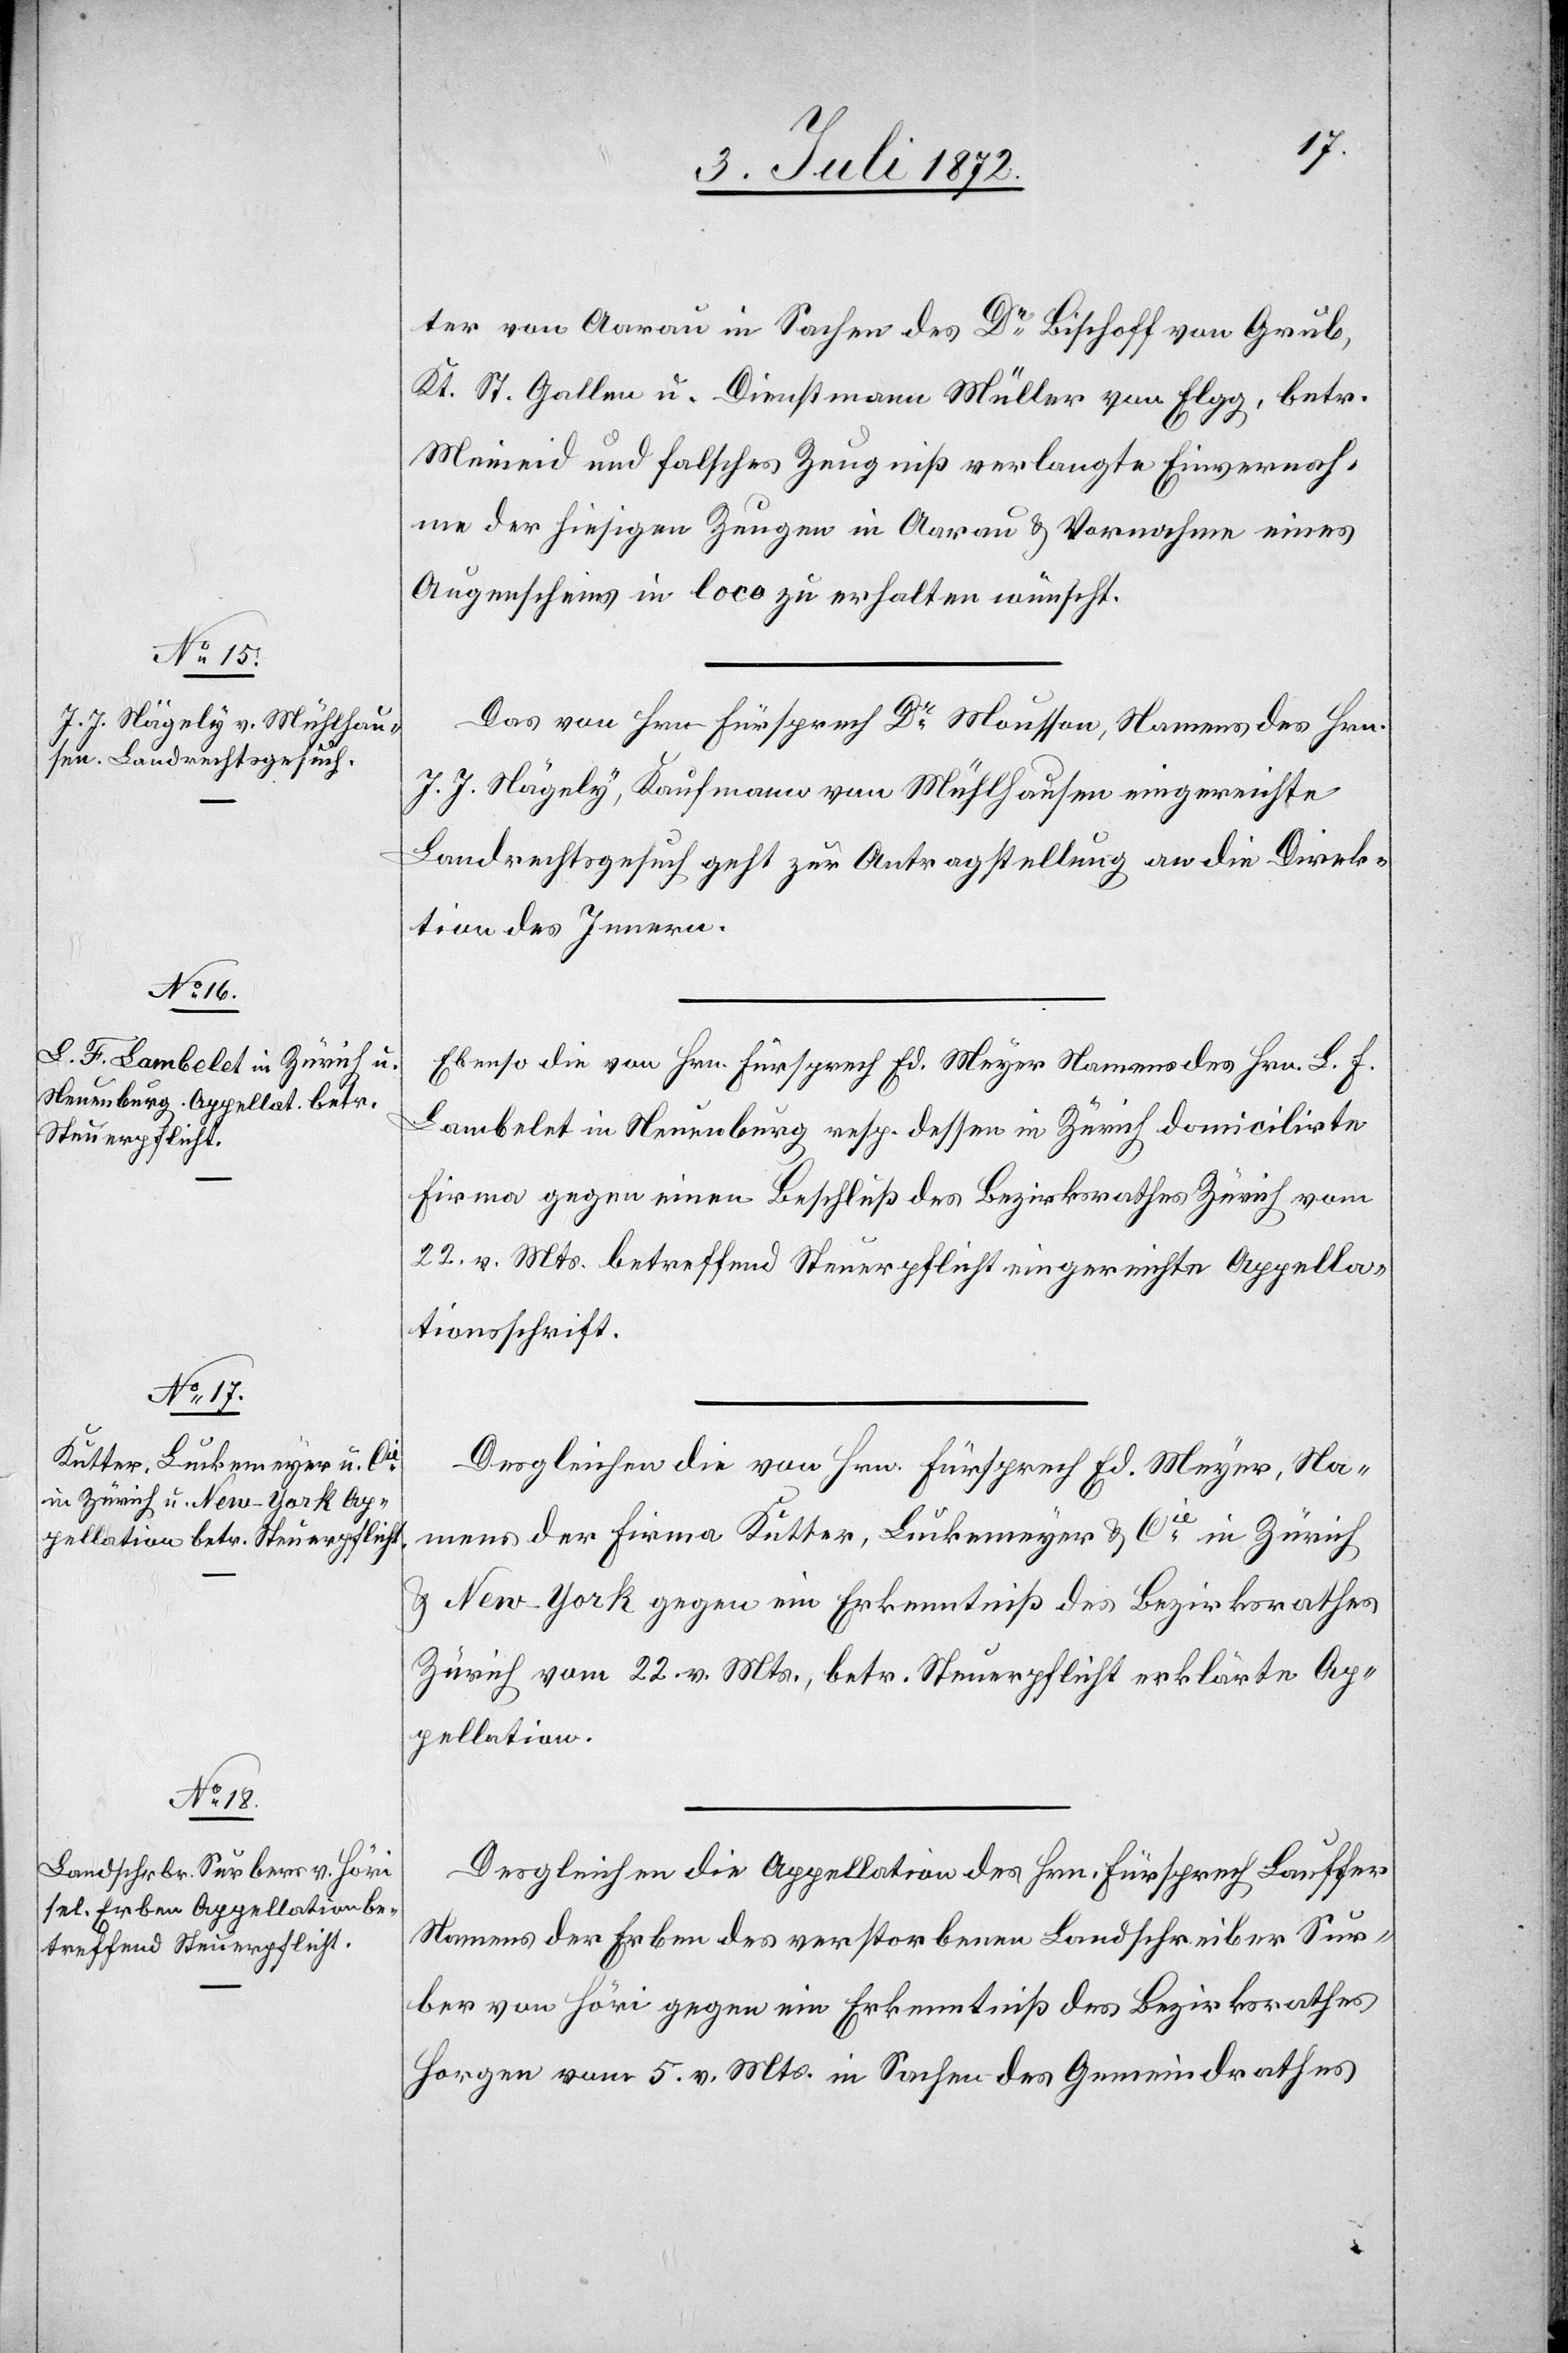
4. Juli 1872.]
ter von Aarau in Sachen des Dr Bischoff [sic!]
Kt. St. Gallen u. Dienstmann Müller von Elgg, betr.
Meineid und falsches Zeugniß verlangte Einvernah¬
me der hiesigen Zeugen in Aarau Vornahme eines
Augenscheins in loco zu erhalten wünscht.
Das von Hrn. Fürsprech Dr Mousson, Namens des Hrn.
J. J. Nägely, Kaufmann von Mühlhausen eingereichte
Landrechtsgesuch geht zur Antragstellung an die Direk¬
tion des Innern.
Ebenso die von Hrn. Fürsprech Ed. Meyer Namens des Hrn. L. F.
Lambelet in Neuenburg resp. dessen in Zürich domicilirte
Firma gegen einen Beschluß des Bezirksrathes Zürich vom
22. v. Mts. betreffend Steuerpflicht eingereichte Appella¬
tionsschrift.
Desgleichen die von Hrn. Fürsprech Ed. Meyer, Na¬
mens der Firma Kutter, Luckemeyer u. Cie in Zürich
u. New-York gegen ein Erkenntniß des Bezirksrathes
Zürich vom 22. v. Mts., betr. Steuerpflicht erklärte Ap¬
pellation.
Desgleichen die Appellation des Hrn. Fürsprech Lauffer
Namens der Erben des verstorbenen Landschreiber Sur¬
ber von Höri gegen ein Erkenntniß des Bezirksrathes
Horgen vom 5. v. Mts. in Sachen des Gemeindrathes